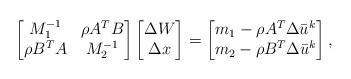
LaTeX: \begin{align*}\begin{bmatrix} M_1^{-1} & \rho A^TB\\ \rho B^TA& M_2^{-1}\end{bmatrix}\begin{bmatrix} \Delta W \\ \Delta x\end{bmatrix} =\begin{bmatrix}m_1-\rho A^T\Delta \bar{u}^k \\ m_2-\rho B^T\Delta \bar{u}^k\end{bmatrix},\end{align*}